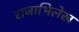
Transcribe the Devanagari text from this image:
राजाभिलेख